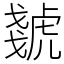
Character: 虦